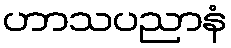
ဟာသပညာနံ